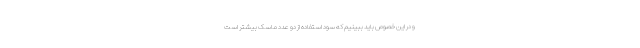
و در این خصوص باید ببینیم که سود استفاده از دو عدد ماسک بیشتر است